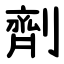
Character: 劑